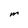
Character: M